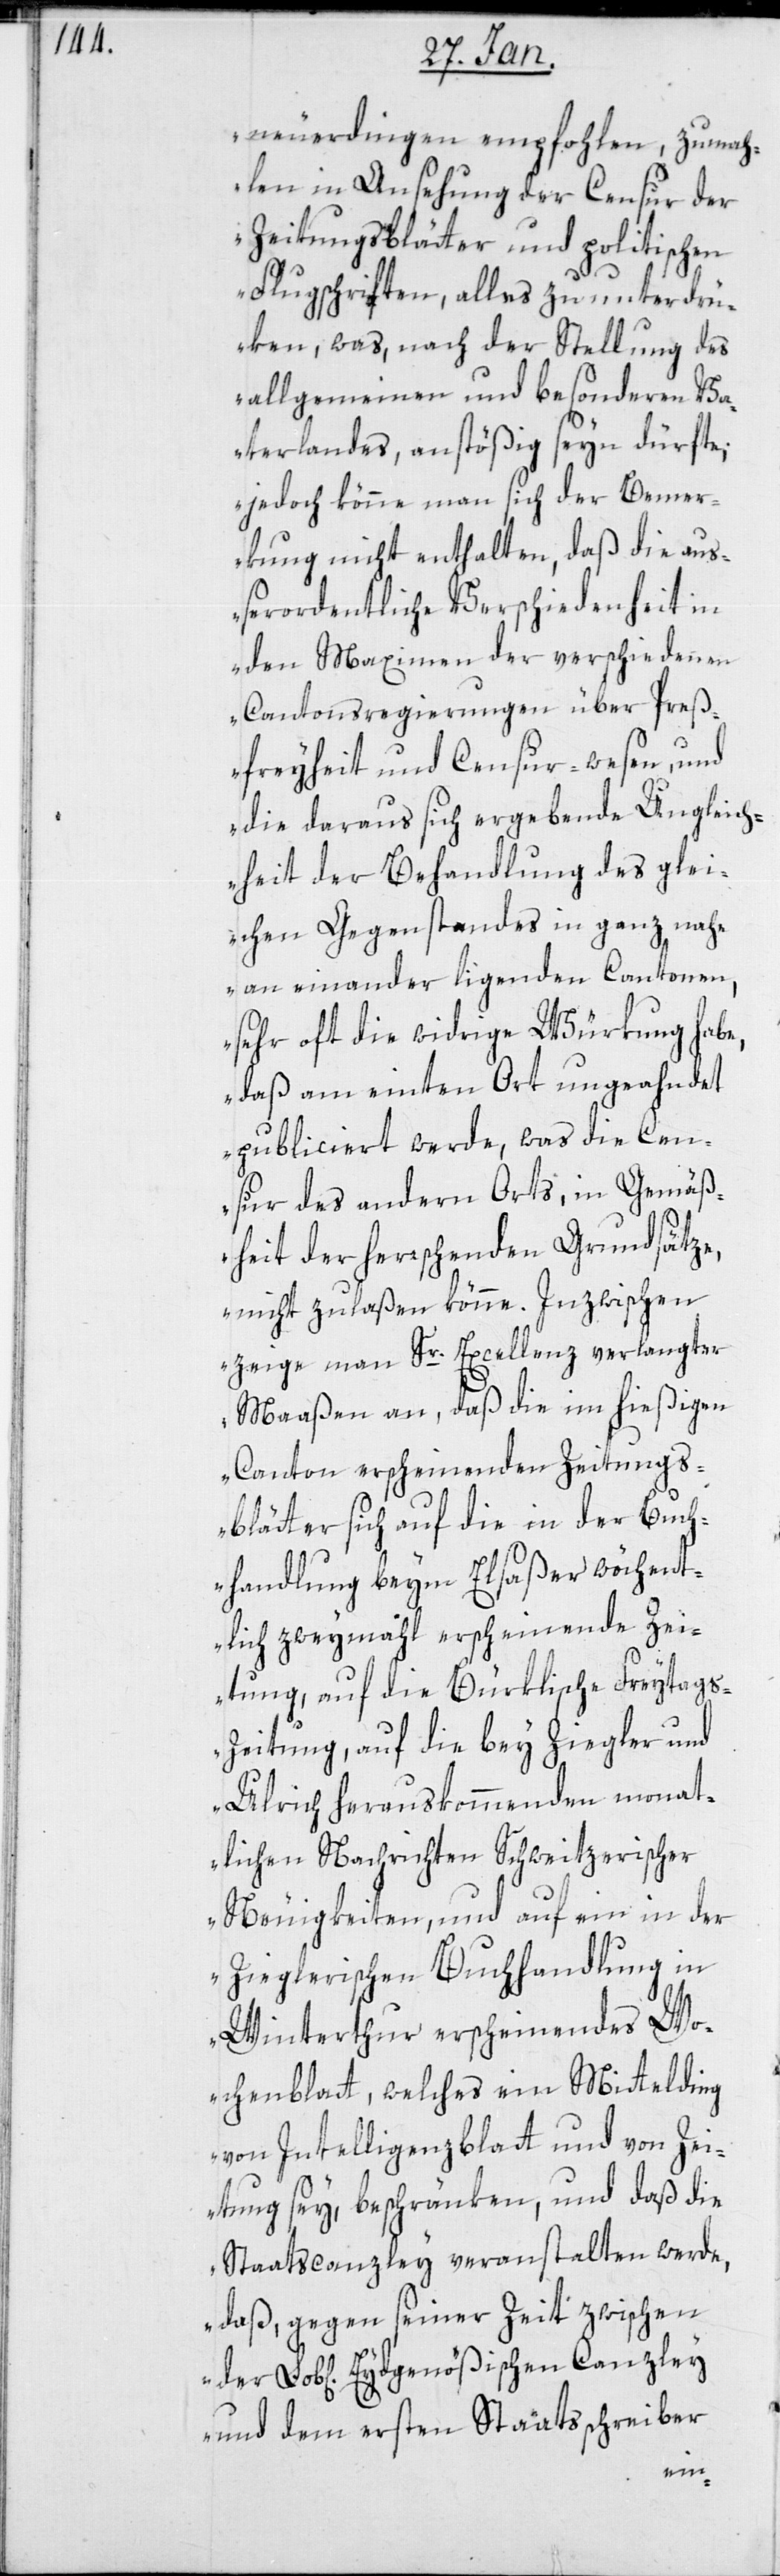
neuerdingen empfohlen, zumah¬
len in Ansehung der Censur der
Zeitungsblätter und politischen
Flugschriften, alles zu unterdrü¬
ken, was nach der Stellung des
allgemeinen und besonderen Va¬
terlandes, anstößig seyn dürfte;
jedoch könne man sich der Bemer¬
kung nicht enthalten, daß die aus¬
serordentliche Verschiedenheit in
den Maximen der verschiedenen
Cantonsregierungen über Preß¬
freyheit und Censur-wesen, und
die daraus sich ergebende Ungleich¬
heit der Behandlung des glei¬
chen Gegenstandes in ganz nahe
aneinander liegenden Cantonen,
sehr oft die widrige Würkung habe,
daß am einten Ort ungeahndet
publiciert werde, was die Cen¬
sur des andern Orts, in Gemäß¬
heit der herrschenden Grundsätze,
nicht zulaßen könne. Inzwischen
zeige man Sr. Excellenz verlangter
Maaßen an, daß die im hießigen
Canton erscheinenden Zeitungs¬
blätter sich auf die in der Buch¬
handlung beim Elsaßer wöchent¬
lich zweymahl erscheinende Zei¬
tung, auf die Bürklische Freitags-Z¬
eitung, auf die bey Ziegler und
Ulrich herauskommenden monat¬
lichen Nachrichten Schweitzerischer
Neuigkeiten, und auf ein in der
Zieglerischen Buchhandlung in
Winterthur erscheinendes Wo¬
chenblatt, welches ein Mittelding
von Intelligenzblatt und von Zei¬
tung sey, beschränken, und daß die
Staatscanzley veranstalten werde,
daß gegen seiner Zeit zwischen
und dem ersten Staatsschreiber